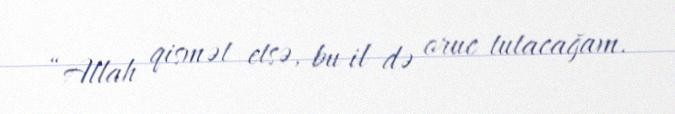
“Allah qismət etsə, bu il də oruc tutacağam.